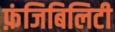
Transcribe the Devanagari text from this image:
फ़ंजिबिलिटी